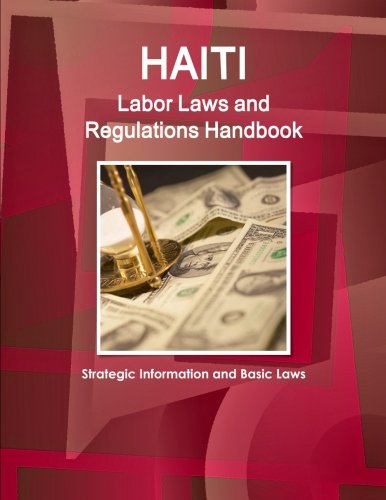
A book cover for Haiti Labor Laws and Regulations Handbook - Strategic Information and Basic Laws (World Business and Investment Library); Ibp, Inc.; Business & Money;